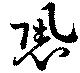
恐